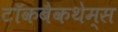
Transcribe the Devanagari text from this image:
टॉकबैकथेम्स